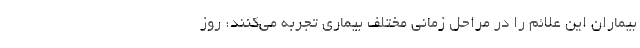
بیماران این علائم را در مراحل زمانی مختلف بیماری تجربه می‌کنند: روز